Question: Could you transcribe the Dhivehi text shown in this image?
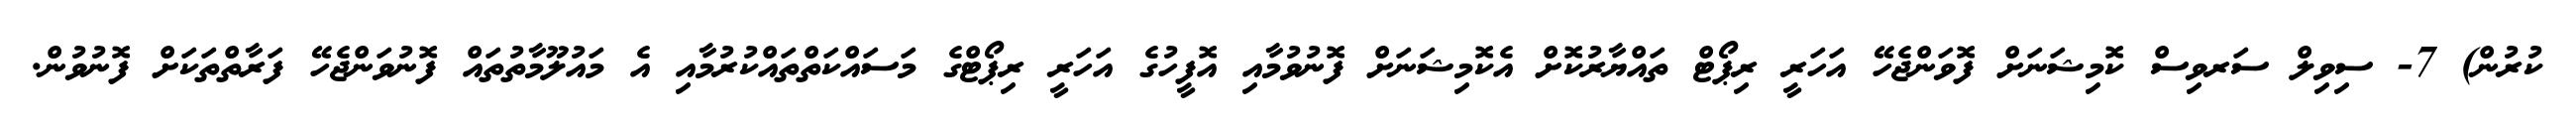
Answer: ކުރުން) 7- ސިވިލް ސަރވިސް ކޮމިޝަނަށް ފޮވަންޖެހޭ އަހަރީ ރިޕޯޓް ތައްޔާރުކޮށް އެކޮމިޝަނަށް ފޮނުވުމާއި އޮފީހުގެ އަހަރީ ރިޕޯޓްގެ މަސައްކަތްތައްކުރުމާއި އެ މައުލޫމާތުތައް ފޮނުވަންޖެހޭ ފަރާތްތަކަށް ފޮނުވުން.